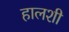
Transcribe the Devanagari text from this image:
हालशी